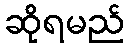
ဆိုရမည်